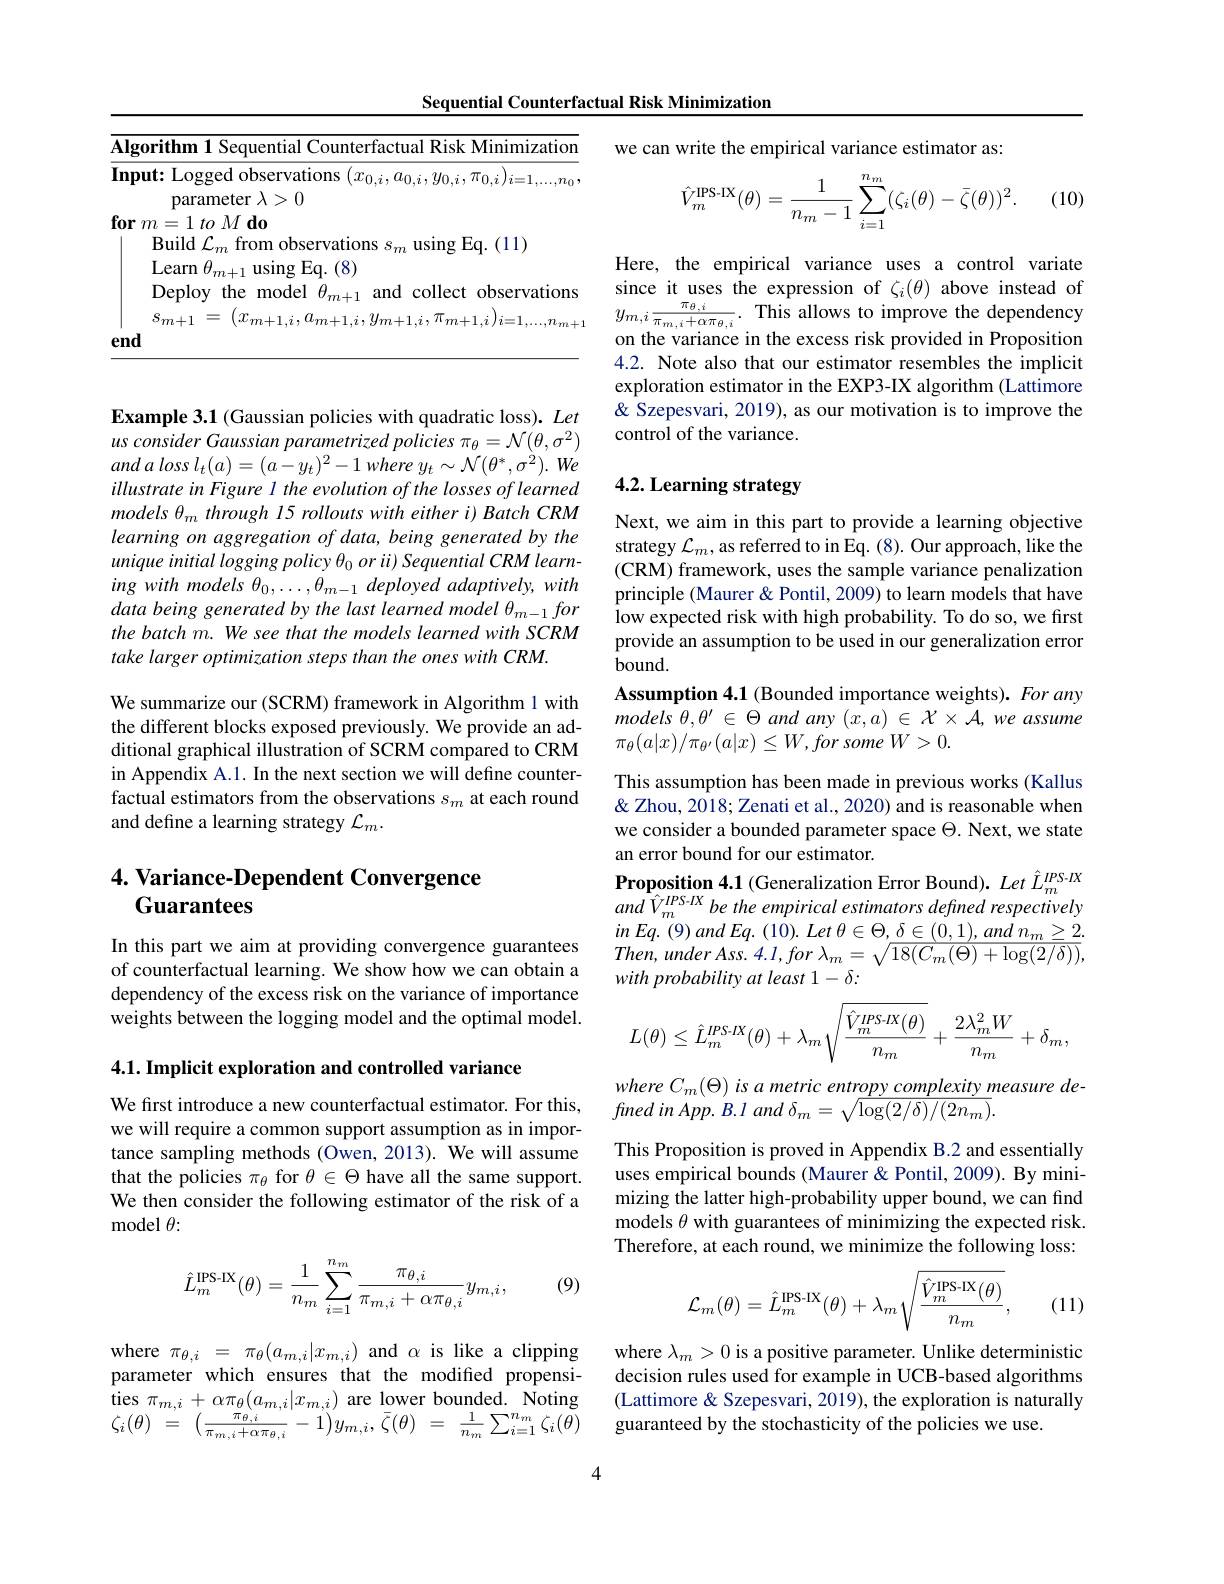
Sequential Counterfactual Risk Minimization

<table>
	<tbody>
		<tr>
			<td>$\overline{\mathbf{AI}}$</td>
			<td>imization -ifhm</td>
		</tr>
		<tr>
			<td>$en$</td>
			<td> </td>
		</tr>
	</tbody>
</table>

Example 3.1 (Gaussian policies with quadratic loss). Let $usconsiderGaussianparametrizedpolicies\pi_\theta=\mathcal{N}(\theta,\sigma^2)$ $andalossl_{t}( a) = ( a- y_{t}) ^{2}- 1$ where $y_{t}\sim \mathcal{N} ( \theta ^{* }, \sigma ^{2}) .$ $We$ illustrate in Figure l the evolution of the losses of learned models $\theta_m$ through 15 rollouts with either i) Batch CRM learning on aggregation of data, being generated by the unique initial logging policy $\theta _0\textit{or ii) Sequential CRM learn- }$ ing with models $\theta_0,\ldots,\theta_{m-1}$ deployed adaptively, with data being generated by the last learned model $\theta_m-1for$ the batch m. We see that the models learned with SCRM take larger optimization steps than the ones with CRM.
We summarize our (SCRM) framework in Algorithm 1 with the different blocks exposed previously. We provide an additional graphical illustration of SCRM compared to CRM in Appendix A.1. In the next section we will define counterfactual estimators from the observations $s_m$ at each round

and define a learning strategy $\mathcal{L}_m.$

## 4. Variance- Dependent Convergence Guarantees

In this part we aim at providing convergence guarantees of counterfactual learning. We show how we can obtain a dependency of the excess risk on the variance of importance weights between the logging model and the optimal model.

$4. 1. \textbf{ Implicit exploration and controlled variance}$

We first introduce a new counterfactual estimator. For this, we will require a common support assumption as in importance sampling methods (Owen, 2013). We will assume that the policies $\pi_\theta$ for $\theta\in\Theta$ have all the same support. We then consider the following estimator of the risk of a model $\theta:$

(9)
$$\hat{L}_m^{\text{IPS-IX}}(\theta)=\frac{1}{n_m}\sum_{i=1}^{n_m}\frac{\pi_{\theta,i}}{\pi_{m,i}+\alpha\pi_{\theta,i}}y_{m,i},$$
where $\pi_{\theta,i}=\pi_{\theta}(a_{m,i}|x_{m,i})$ and $\alpha$ is like a clipping parameter which ensures that the modified propensi- $\begin{array}{c}{\mathrm{ties~}\pi_{m,i}+\alpha\pi_{\theta}(a_{m,i}|x_{m,i})}\\{\mathrm{are~lower~bounded.~Noting}}\\{\mathrm{A}(a)}\end{array}$

4

we can write the empirical variance estimator as:

(10)
$$\hat{V}_{m}^{\text{IPS-IX}}(\theta)=\frac{1}{n_{m}-1}\sum_{i=1}^{n_{m}}(\zeta_{i}(\theta)-\bar{\zeta}(\theta))^{2}.$$
Here, the empirical variance uses a control variate since it uses the expression of $\zeta_i(\theta)$ above instead of $y_{m,i}\frac{\pi_{\theta,i}}{\pi_{m,i}+\alpha\pi_{\theta,i}}.$ This allows to improve the dependency on the variance in the excess risk provided in Proposition 4.2. Note also that our estimator resembles the implicit exploration estimator in the EXP3-IX algorithm (Lattimore & Szepesvari, 2019), as our motivation is to improve the control of the variance.

## 4.2. Learning strategy

Next, we aim in this part to provide a learning objective strategy $\mathcal{L}_m$,as referred to in Eq. (8). Our approach, like the (CRM) framework, uses the sample variance penalization principle (Maurer & Pontil, 2009) to learn models that have low expected risk with high probability. To do so, we first provide an assumption to be used in our generalization error bound.
Assumption 4.1 (Bounded importance weights). For any models $\theta , \theta ^{\prime }$ $\in$ $\Theta$ and any $( x, a)$ $\in$ $\mathcal{X} \times \mathcal{A} , we$ assume $\pi _{\theta }( a| x) / \pi _{\theta ^{\prime }}( a| x) \leq W, for$ some $W> 0.$
This assumption has been made in previous works (Kallus & Zhou, 2018; Zenati et al., 2020) and is reasonable when we consider a bounded parameter space $\Theta.$ Next, we state an error bound for our estimator.
Proposition 4.1 (Generalization Error Bound). Let $\hat{L}_{m}^{IPS-IX}$ $and\hat{V}_{m}^{IPS-IX}$ be the empirical estimators defined respectively $inEq. ( 9) andEq. ( 10) . Let$ $\theta \in \Theta , \delta \in ( 0, 1) , and$ $n_{m}\geq 2.$ $Then, underAss. 4. l, for$ $\lambda _{m}= \sqrt {18( C_{m}( \Theta ) + \log ( 2/ \delta ) ) }$, with probability at least 1- δ:
$$L(\theta)\leq\hat{L}_m^{IPS-IX}(\theta)+\lambda_m\sqrt{\frac{\hat{V}_m^{IPS-IX}(\theta)}{n_m}}+\frac{2\lambda_m^2W}{n_m}+\delta_m,$$
where $C_m(\Theta)$ is a metric entropy complexity measure de-
fined $in$ $App.$ $B. l$ and $\delta _{m}= \sqrt {\log ( 2/ \delta ) / ( 2n_{m}) }.$

This Proposition is proved in Appendix B.2 and essentially uses empirical bounds (Maurer & Pontil, 2009). By minimizing the latter high-probability upper bound, we can find models $\theta$ with guarantees of minimizing the expected risk. Therefore, at each round, we minimize the following loss:
$$\mathcal{L}_m(\theta)=\hat{L}_m^{\text{IPS-IX}}(\theta)+\lambda_m\sqrt{\frac{\hat{V}_m^{\text{IPS-IX}}(\theta)}{n_m}},$$
(11)

where $\lambda_m>0$ is a positive parameter. Unlike deterministic decision rules used for example in UCB-based algorithms (Lattimore & Szepesvari, 2019), the exploration is naturally
$\begin{array}{rcl}\zeta_{i}(\theta)&=&(\frac{\pi_{\theta,i}}{\pi_{m,i}+\alpha\pi_{\theta,i}}-1)y_{m,i},\bar{\zeta}(\theta)&=&\frac{1}{n_{m}}\sum_{i=1}^{n_{m}}\zeta_{i}(\theta)&\text{guaranteed by the stochasticity of the policies we use.}\end{array}$